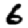
Digit: 6